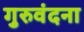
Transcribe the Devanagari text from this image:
गुरुवंदना